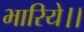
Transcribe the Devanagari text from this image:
भारिये।।